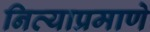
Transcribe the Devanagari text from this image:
नित्याप्रमाणे